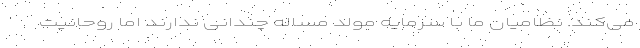
می‌کند. نظامیان ما با سرمایه مولد مساله چندانی ندارند اما روحانیت